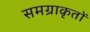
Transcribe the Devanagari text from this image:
समग्राकृतों